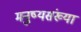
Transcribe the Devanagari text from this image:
मनुष्यसंख्या